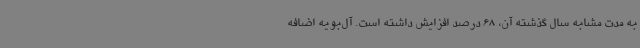
به مدت مشابه سال گذشته آن، 68 درصد افزایش داشته است. آل‌بویه اضافه